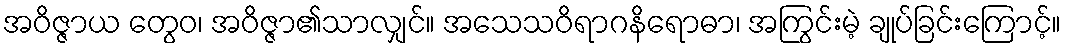
အဝိဇ္ဇာယ တွေဝ၊ အဝိဇ္ဇာ၏သာလျှင်။ အသေသဝိရာဂနိရောဓာ၊ အကြွင်းမဲ့ ချုပ်ခြင်းကြောင့်။